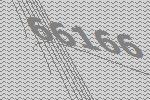
66166